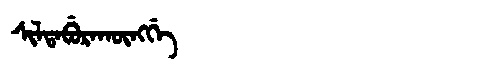
Manchu: ᠰᡳᠯᡨᠠᠪᡠᡵᠠᡴᡡᠩᡤᡝ
Romanization: SILTABURAKŪNGGE